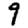
Digit: 9